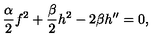
{ \frac { \alpha } { 2 } } f ^ { 2 } + { \frac { \beta } { 2 } } h ^ { 2 } - 2 \beta h ^ { \prime \prime } = 0 ,